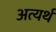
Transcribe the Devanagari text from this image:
अत्यर्थं